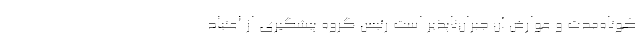
کوتاه‌مدت و عوارض آن جبران‌ناپذیر است رئیس گروه پیشگیری از اعتیاد